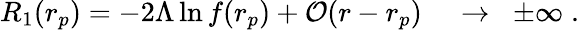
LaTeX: R_{1}(r_{p})=-2\Lambda\ln f(r_{p})+{\cal O}(r-r_{p})\; \; \; \; \to\; \; \pm\infty\; .